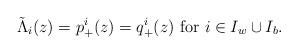
LaTeX: \begin{align*} \tilde{\Lambda}_i(z)=p_+^i(z)=q_+^i(z)~ {\rm for} ~i\in I_w\cup I_b. \end{align*}